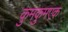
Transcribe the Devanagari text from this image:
कुमकुमएक